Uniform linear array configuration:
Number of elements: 48
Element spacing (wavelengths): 0.25
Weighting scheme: cosine
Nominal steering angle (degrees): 30
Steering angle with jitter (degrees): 29.916
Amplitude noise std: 0.05
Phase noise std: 0.05

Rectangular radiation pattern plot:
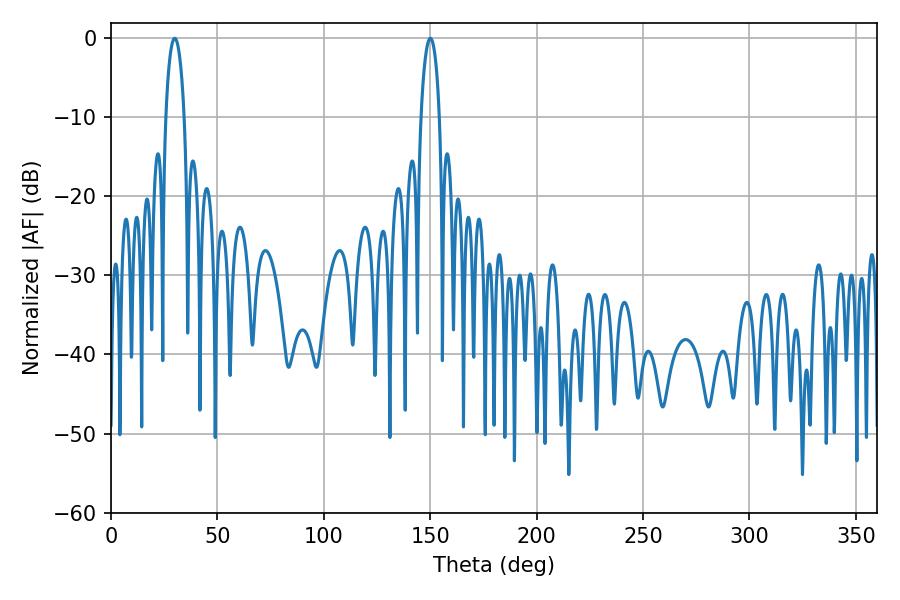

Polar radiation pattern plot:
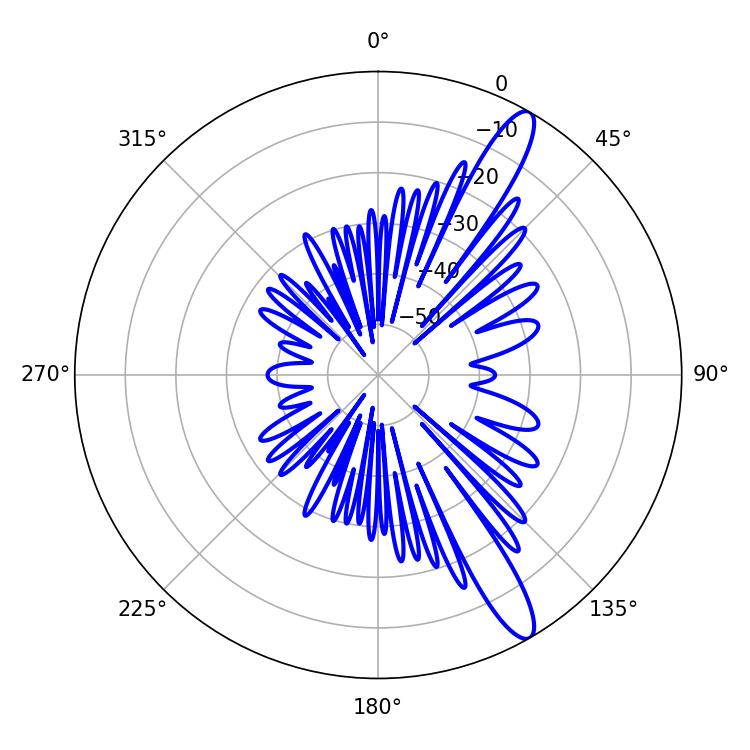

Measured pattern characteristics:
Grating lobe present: FALSE
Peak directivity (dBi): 13.157
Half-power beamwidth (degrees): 4.86
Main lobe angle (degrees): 29.88